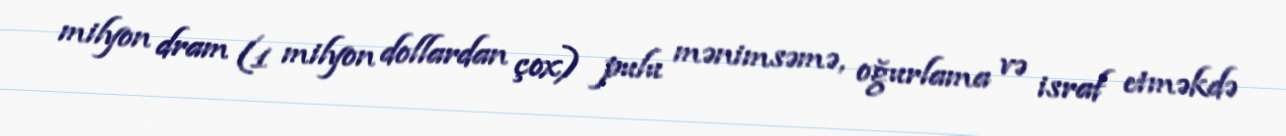
milyon dram (1 milyon dollardan çox) pulu mənimsəmə, oğurlama və israf etməkdə